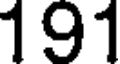
191